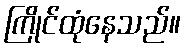
ကြိုင်ထုံနေသည်။